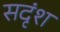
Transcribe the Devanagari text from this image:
सदृंश